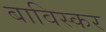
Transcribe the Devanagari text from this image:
बाविस्कर